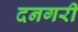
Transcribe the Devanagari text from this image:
दनगरी